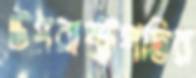
উপরাষ্ট্রপতির